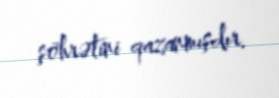
şöhrətini qazanmışdır.